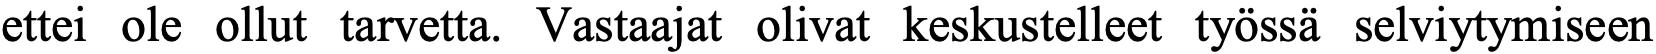
ettei ole ollut tarvetta. Vastaajat olivat keskustelleet työssä selviytymiseen